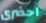
احضرى